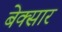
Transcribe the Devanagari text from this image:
बेक्सार